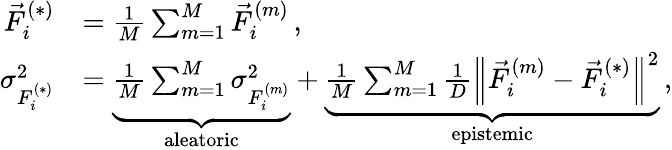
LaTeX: \begin{array}{rl}{\vec{F}_{i}^{(*)}}&{=\frac{1}{M}\sum_{m=1}^{M}\vec{F}_{i}^{(m)}\, ,}\\ {\sigma_{F_{i}^{(*)}}^{2}}&{=\underbrace{\frac{1}{M}\sum_{m=1}^{M}\sigma_{F_{i}^{(m)}}^{2}}_{\mathrm{aleatoric}}+\underbrace{\frac{1}{M}\sum_{m=1}^{M}\frac{1}{D}\left\| \vec{F}_{i}^{(m)}-\vec{F}_{i}^{(*)}\right\| ^{2}}_{\mathrm{epistemic}}\, ,}\end{array}